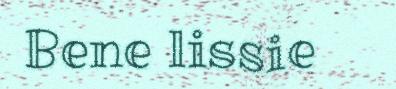
Bene lissie